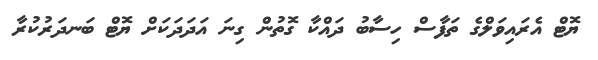
ޔޮޓް އެރައިވަލްގެ ތަފާސް ހިސާބު ދައްކާ ގޮތުން ގިނަ އަދަދަކަށް ޔޮޓް ބަނދަރުކުރާ